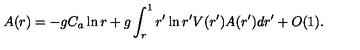
A ( r ) = - g C _ { a } \ln r + g \int _ { r } ^ { 1 } r ^ { \prime } \ln r ^ { \prime } V ( r ^ { \prime } ) A ( r ^ { \prime } ) d r ^ { \prime } + O ( 1 ) .